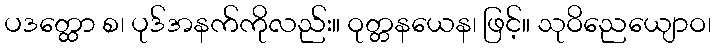
ပဒတ္ထော စ၊ ပုဒ်အနက်ကိုလည်း။ ဝုတ္တနယေန၊ ဖြင့်။ သုဝိညေယျောဝ၊